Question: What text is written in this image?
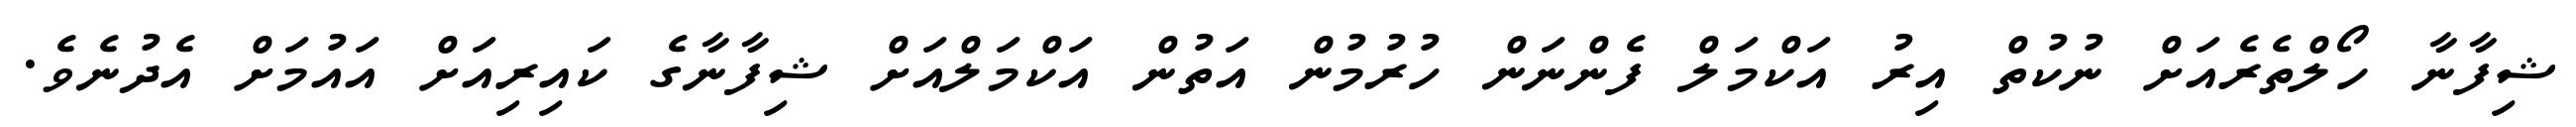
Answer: ޝިފާނާ ހޯލްތެރެއަށް ނުކުތް އިރު އަކްމަލް ފެންނަން ހުރުމުން އަތުން އަކްމަލްއަށް ޝިފާނާގެ ކައިރިއަށް އައުމަށް އެދުނެވެ.